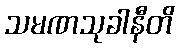
သမဏသုခါနီတိ